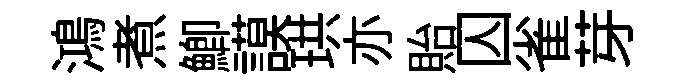
鴻煮鯽謨珙亦貽囚雀芽